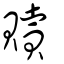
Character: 贖